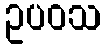
ဥပဝသ